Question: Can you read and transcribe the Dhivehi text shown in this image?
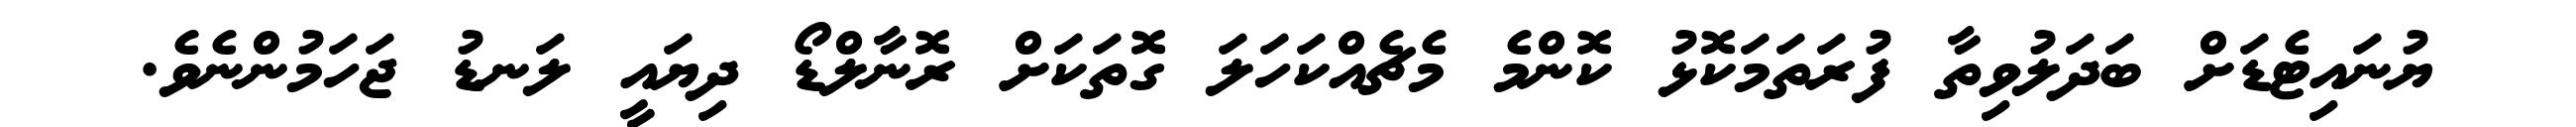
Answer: ޔުނައިޓެޑަށް ބަދަލުވިތާ ފުރަތަމަކޮޅު ކޮންމެ މެޗެއްކަހަލަ ގޮތަކަށް ރޮނާލްޑޯ ދިޔައީ ލަނޑު ޖަހަމުންނެވެ.